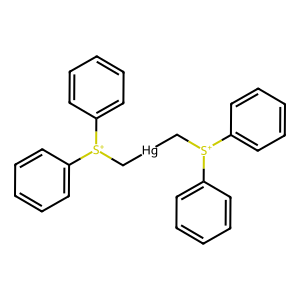
SMILES: c1ccc([S+](C[Hg]C[S+](c2ccccc2)c2ccccc2)c2ccccc2)cc1
Inhibits HIV replication: No